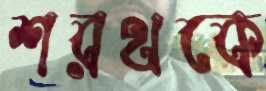
শরথকে